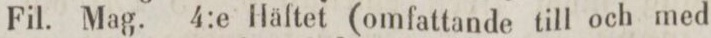
Fil. Mag. 4:e Häftet (omfattande till och med